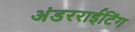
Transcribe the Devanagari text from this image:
अंडरराईटिंग